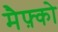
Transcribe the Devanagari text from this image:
मैफ़्को